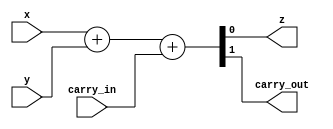
module full_adder
(
    input wire  x, y, carry_in,
	output wire z, carry_out
);
    assign {carry_out, z} = x + y + carry_in;
endmodule